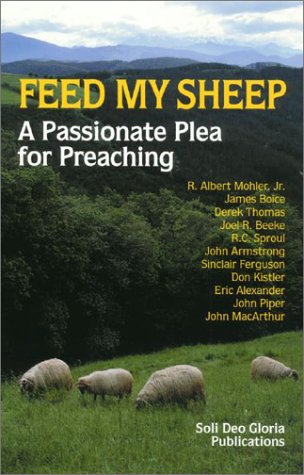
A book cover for Feed My Sheep: A Passionate Plea for Preaching; R. Albert Mohler Jr.; Religion & Spirituality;